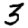
Digit: 3